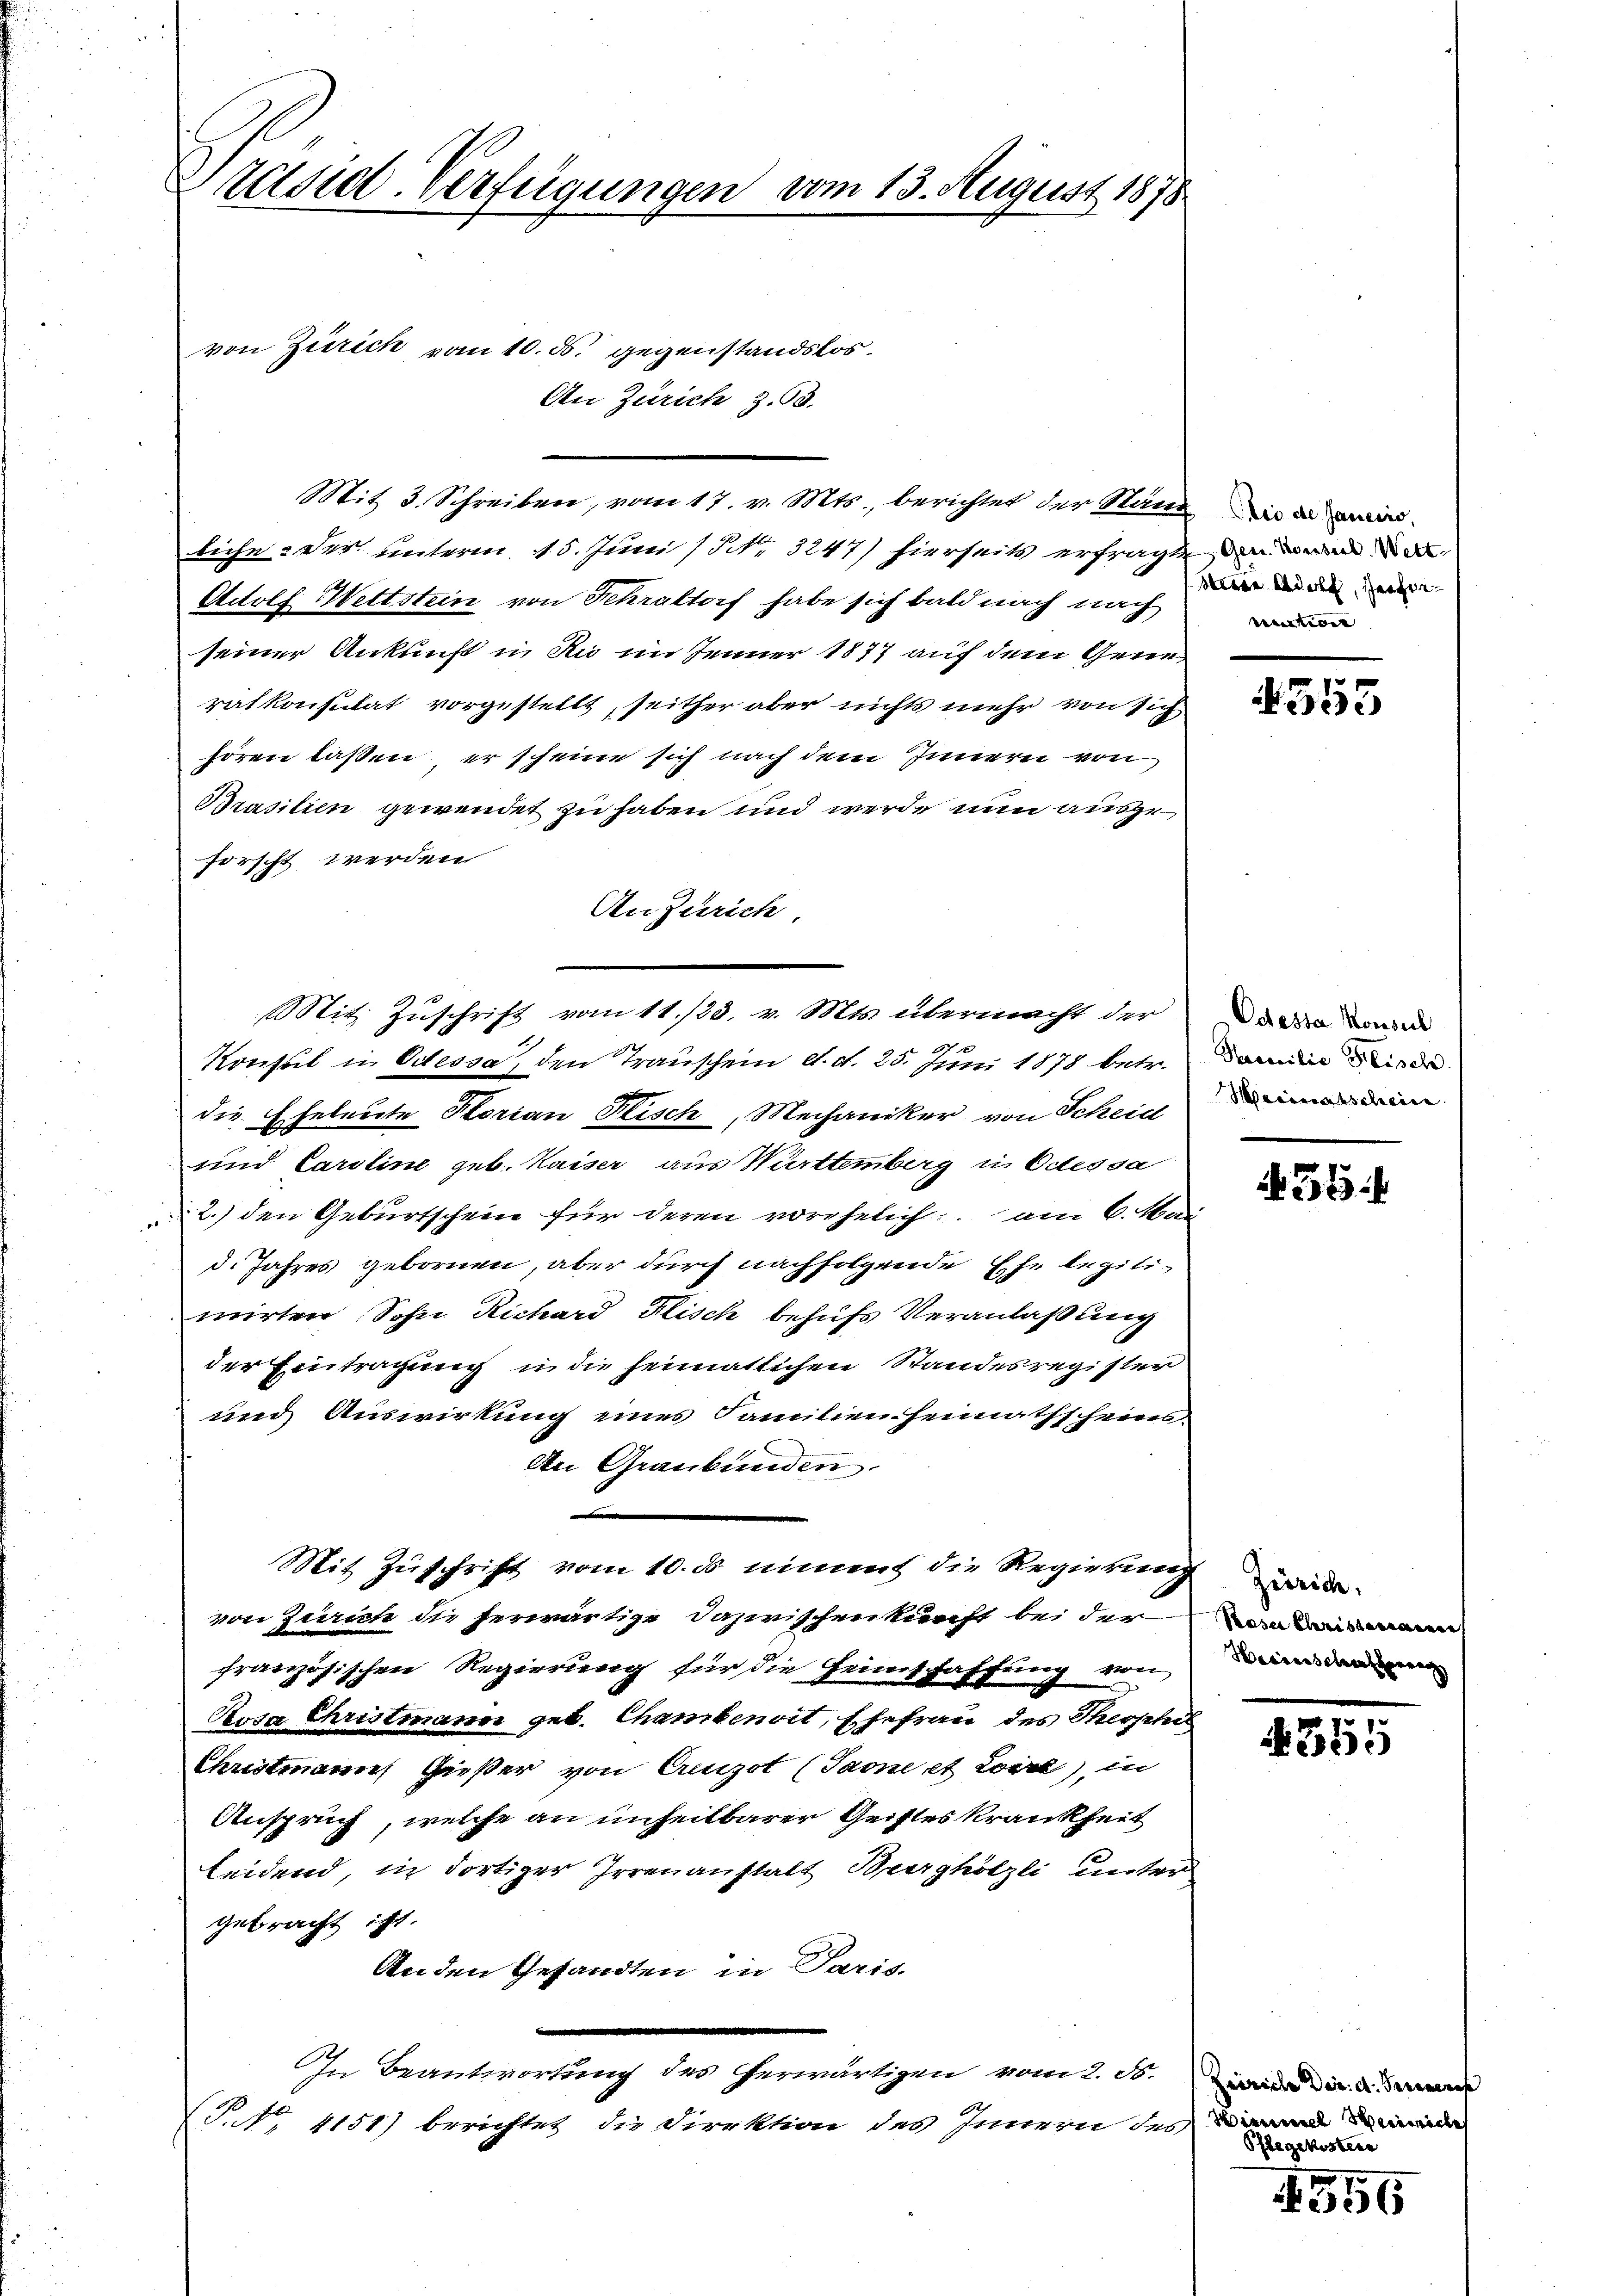
Präsid. Verfügungen vom 13. August 1878

von Zürich vom 10. ds. gegenstandslos
An Zürich z. 53.
Mit 3. Schreiben, vom 17. v. Mts. berichtet der Stän
liche. Der unterm 15. Juni 13 No 3247) hierseits erfragte
Actolf Wettstein von Fehraltorf habe sich bald nach nach
seiner Ankunft in Au im Jenner 1877 auf dem Generatkonsulat vorgestellt, seither aber nichts mehr von sich
hören laßen, er scheine sich nach dem Innern von
Brasilien gewendet zu haben und werde nun auszuforscht werden
An Zürich
17 f
Konsul in Odessa, den Trauschein d. d. 25. Juni 1878 betr.
die Eheleute Horian Klisch, Mechaniker von Scheid
und Caroline geb. Kaiser aus Württemberg i. Odessa
2.) den Geburtschein für deren vorehelich am 6. Mai
d. Jahres gebornen, aber durch nachfolgende Ehe legitimirten Sohne Richard Fisch behufs Veranlaßung
der Eintragung in die heimatlichen Standesregister
und Auswirkung eines Familienheimathschein.
An Graubünden.
Mit Zuschrift vom 10. ds nimmt die Regierung war
von Zürich die herwärtige Dazwischenkunft bei der
französischen Regierung für die Heimschaffung von
Rosa Christmann geb. Chambenoit, Ehefrau des Theophel
Christmann Gießer von Creugot (Paone et Loire), in
Anspruch, welche an unheitbarer Geistes Krankheit
leidend, in dortiger Irrenanstalt Burghölzli unter
gebracht ist.
Anden Gesandten in Paris.
In Beantwortung des herwärtigen vom 2. d. Linie dir ein
P.NNo. 4151) berichtet die Direktion des Innern des

Mit Zuschrift vom 11./23. v. Mts. übermacht der

Aio de Janeiro,
Ges. Konsect. Wett
sten Adel, Herre
vention

4355

Odessa Konseit
Kuonilie Fisch
Meiinabscheine

438

Paser Christorenen
Hessenschen

4551

Himel we
Pflegekostern

155